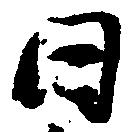
日